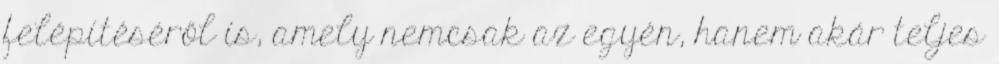
felépítéséről is, amely nemcsak az egyén, hanem akár teljes